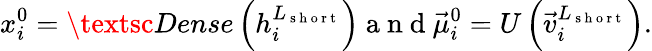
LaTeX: x_{i}^{0}=\textsc{Dense}\left(h_{i}^{L_{\mathrm{~s~h~o~r~t~}}}\right)\mathrm{~a~n~d~}\vec{\mu}_{i}^{0}=U\left(\vec{v}_{i}^{L_{\mathrm{~s~h~o~r~t~}}}\right).